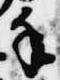
手